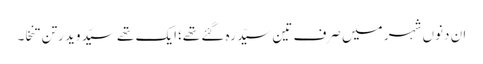
ان دنوں شہر میں صرف تین سیّد رہ گئے تھے؛ایک تھے سیّد وید رتن تنخا۔